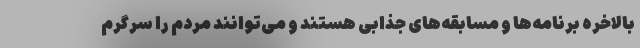
بالاخره برنامه‌ها و مسابقه‌های جذابی هستند و می‌توانند مردم را سرگرم